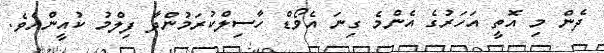
ދެން މި އޮތީ އަހަރުގެ އެންމެ ގިނަ އެވޯޑް ހާސިލްކުރަމުންދާ ފިލްމު ކުއީންއެވެ.